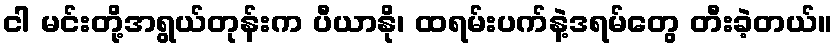
ငါ မင်းတို့အရွယ်တုန်းက ပီယာနို၊ ထရမ်းပက်နဲ့ဒရမ်တွေ တီးခဲ့တယ်။